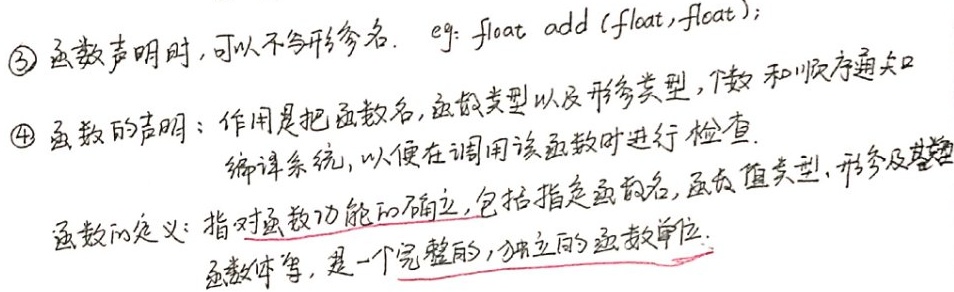
\textcircled{3} 函数声明时，可以不含形参名.  eg: \texttt{float add(float,float);}

\textcircled{4} 函数的声明：作用是把函数名,函数类型以及形参类型, 个数和顺序通知编译系统，以便在调用该函数时进行检查.

函数的定义：指对函数功能的确立，包括指定函数名，函数值类型，形参及类型,函数体等，是一个完整的，独立的函数单位.